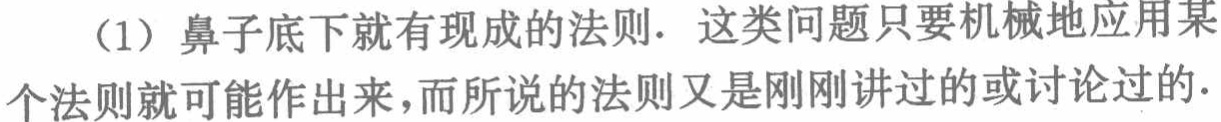
（1）鼻子底下就有现成的法则. 这类问题只要机械地应用某个法则就可能作出来，而所说的法则又是刚刚讲过的或讨论过的.